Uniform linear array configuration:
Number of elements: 64
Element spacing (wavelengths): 1
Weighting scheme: hamming
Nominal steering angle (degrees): -30
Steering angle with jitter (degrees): -30.208
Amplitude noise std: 0.05
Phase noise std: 0.05

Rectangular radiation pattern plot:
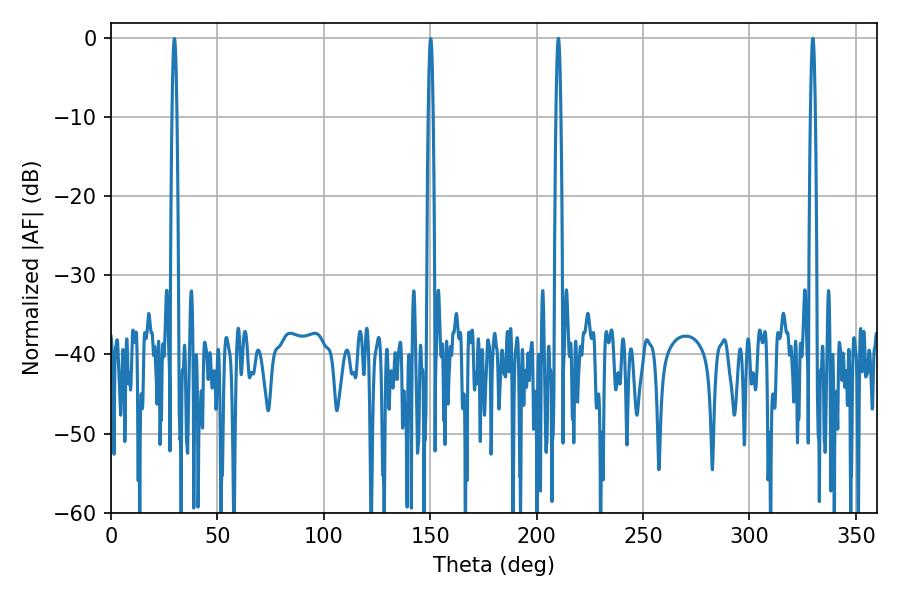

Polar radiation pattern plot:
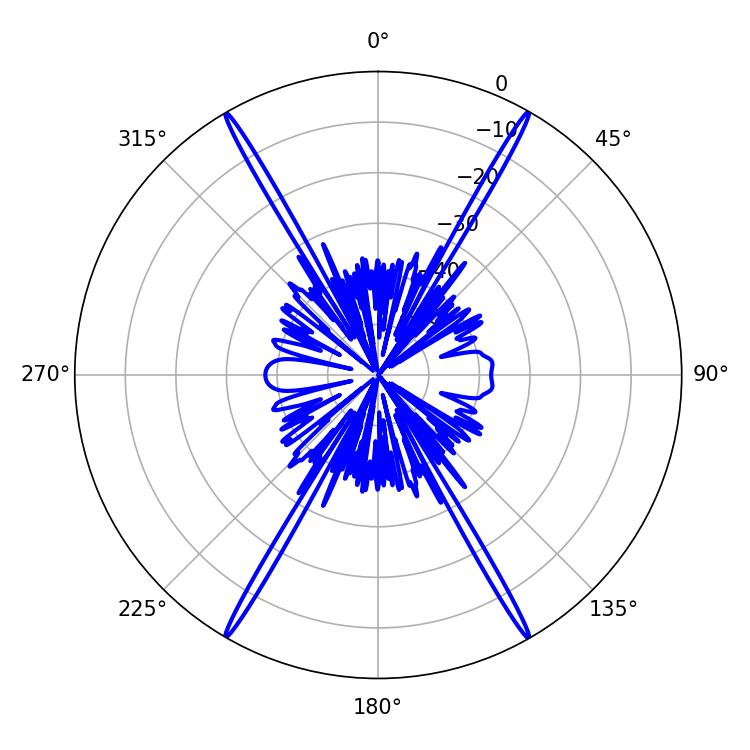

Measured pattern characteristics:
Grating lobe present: TRUE
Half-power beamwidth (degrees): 1.08
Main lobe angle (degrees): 210.24